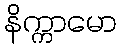
နိက္ကာမော